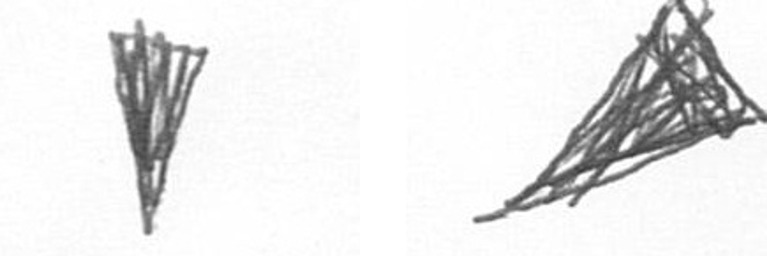
J O